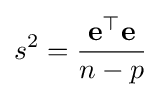
s^{2}={\frac {\mathbf {e} ^{\top }\mathbf {e} }{n-p}}